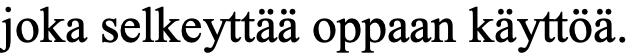
joka selkeyttää oppaan käyttöä.